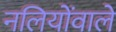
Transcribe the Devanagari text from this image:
नलियोंवाले